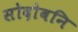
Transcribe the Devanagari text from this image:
सोदोबनि